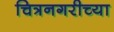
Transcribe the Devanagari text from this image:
चित्रनगरीच्या